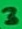
Text: 3